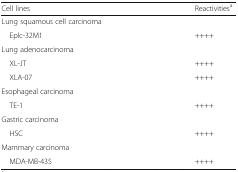
| Cell lines | Reactivitiesa |
 | --- | --- |
 | <COLSPAN=2> Lung squamous cell carcinoma |
 | Eplc-32M1 | ++++ |
 | <COLSPAN=2> Lung adenocarcinoma |
 | XL-JT | ++++ |
 | XLA-07 | ++++ |
 | <COLSPAN=2> Esophageal carcinoma |
 | TE-1 | ++++ |
 | <COLSPAN=2> Gastric carcinoma |
 | HSC | ++++ |
 | <COLSPAN=2> Mammary carcinoma |
 | MDA-MB-435 | ++++ |